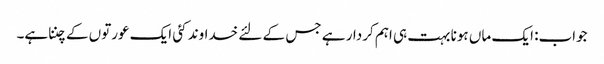
جواب: ایک ماں ہونا بہت ہی اہم کردار ہے جس کے لئے خداوند کئی ایک عورتوں کے چننا ہے۔